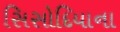
સિસોદિયાના